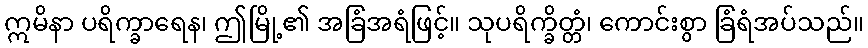
ဣမိနာ ပရိက္ခာရေန၊ ဤမြို့၏ အခြံအရံဖြင့်။ သုပရိက္ခိတ္တံ၊ ကောင်းစွာ ခြံရံအပ်သည်။